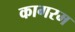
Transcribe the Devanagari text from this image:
कागरम